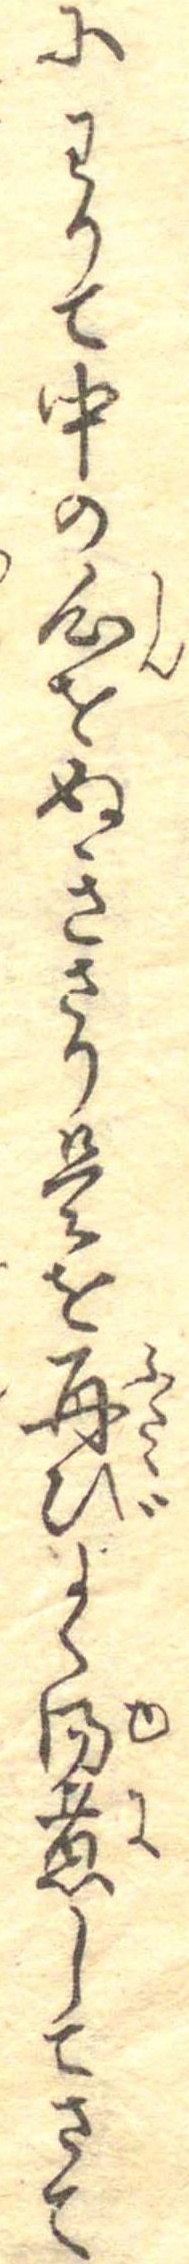
にわりて中の心をぬきさり是を再びよく湯煮してさて